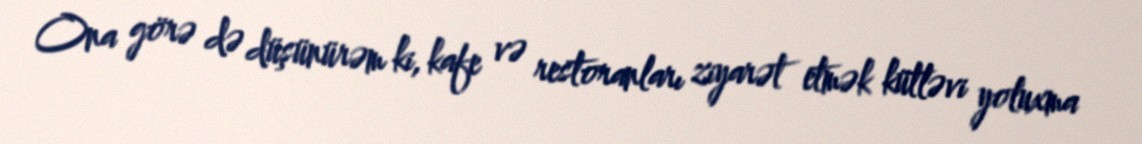
Ona görə də düşünürəm ki, kafe və restoranları ziyarət etmək kütləvi yoluxma